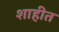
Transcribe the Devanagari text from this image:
शाहीत